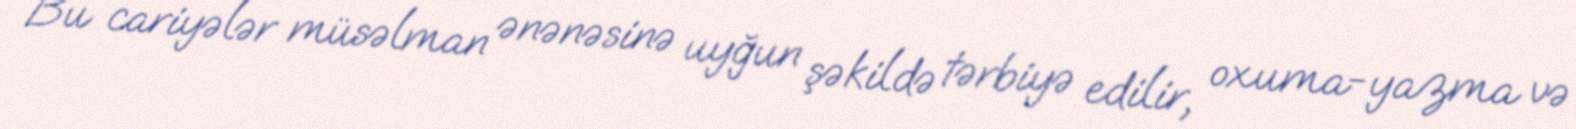
Bu cariyələr müsəlman ənənəsinə uyğun şəkildə tərbiyə edilir, oxuma-yazma və